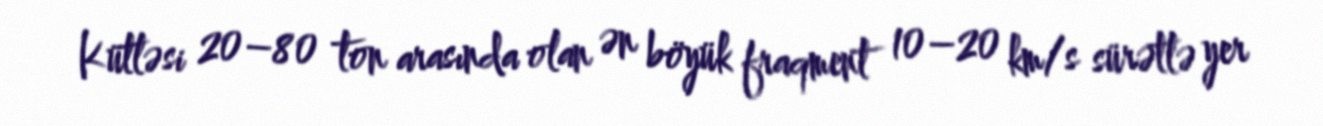
Kütləsi 20–80 ton arasında olan ən böyük fraqment 10–20 km/s sürətlə yer